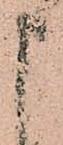
申